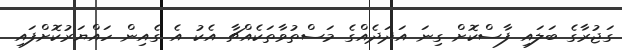
ގަޖުރާގެ ބަލައި ފާސްކޮށް ގިނަ އަދަދެއްގެ މަސްތުވާތަކެއްޗާ އެކު އެ ގެއިން ހައްޔަރުކޮށްފައި